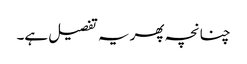
چنانچہ پھر یہ تفصیل ہے۔